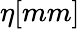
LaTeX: \eta[mm]